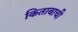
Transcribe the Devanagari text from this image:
किताबाची